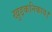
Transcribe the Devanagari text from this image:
खुद्दकनिकाय।